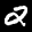
Label: 2